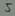
Text: 5